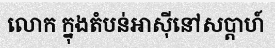
លោក ក្នុងតំបន់អាស៊ីនៅសប្តាហ៍